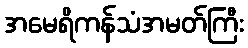
အမေရိကန်သံအမတ်ကြီး